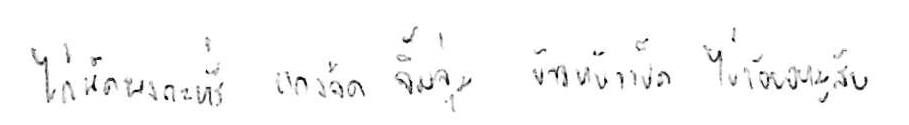
ไก่ผัดผงกะหรี่ แกงจืด จิ้มจุ่ม ข้าวหน้าเป็ด ไข่เจียวหมูสับ